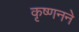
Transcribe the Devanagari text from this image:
कृष्णनने